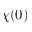
\chi ( 0 )